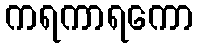
ကရကာရကော